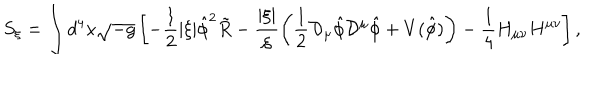
S _ { \xi } = \int d ^ { 4 } x \sqrt { - g } \left[ - { \frac { 1 } { 2 } } | \xi | \hat { \phi } ^ { 2 } \tilde { R } - \frac { | \xi | } { \xi } \left( { \frac { 1 } { 2 } } { \cal D } _ { \mu } \hat { \phi } { \cal D } ^ { \mu } \hat { \phi } + V ( \hat { \phi } ) \right) - { \frac { 1 } { 4 } } H _ { \mu \nu } H ^ { \mu \nu } \right] ,